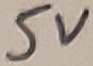
Text: 5V